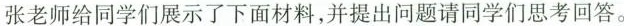
张老师给同学们展示了下面材料，并提出问题请同学们思考回答。